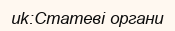
uk:Статеві органи